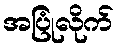
အပြုံလိုက်